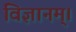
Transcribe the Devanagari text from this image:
विज्ञानम्।